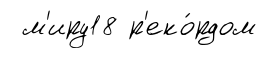
м'иру18 р'еко́рдом